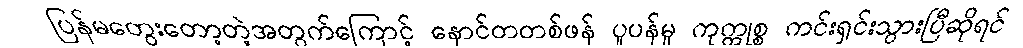
ပြန်မတွေးတော့တဲ့အတွက်ကြောင့် နောင်တတစ်ဖန် ပူပန်မှု ကုက္ကုစ္စ ကင်းရှင်းသွားပြီဆိုရင်